Problem: 28 + 35 = ?
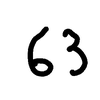
Handwritten answer: 63